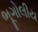
ભૂગોલીય